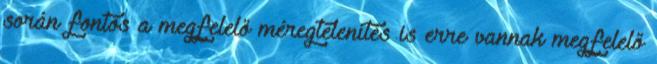
során fontos a megfelelő méregtelenítés is erre vannak megfelelő